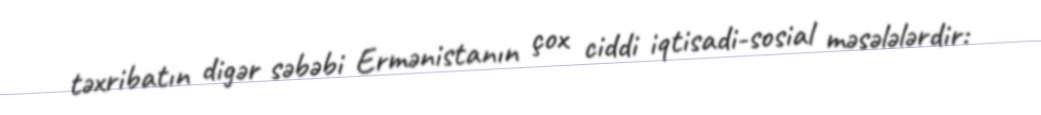
təxribatın digər səbəbi Ermənistanın çox ciddi iqtisadi-sosial məsələlərdir: